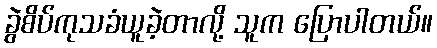
ခွဲစိပ်ကုသခံယူခဲ့တာလို့ သူက ပြောပါတယ်။